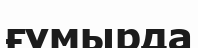
ғұмырда